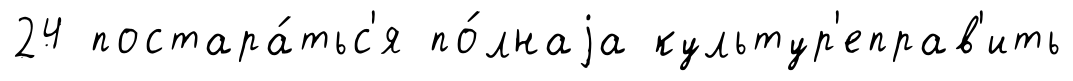
24 постара́тьс'я по́лнаjа культур'еправ'ить